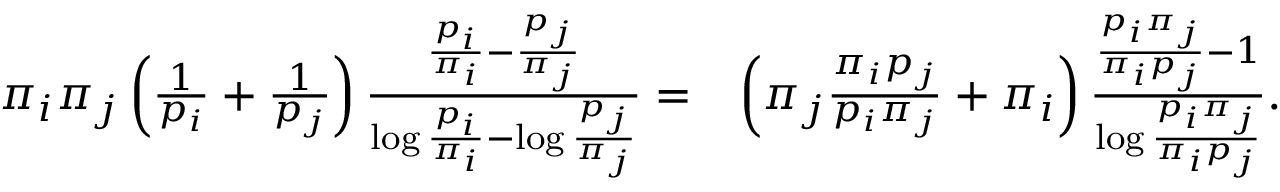
\begin{array} { r l } { \pi _ { i } \pi _ { j } \left( \frac { 1 } { p _ { i } } + \frac { 1 } { p _ { j } } \right) \frac { \frac { p _ { i } } { \pi _ { i } } - \frac { p _ { j } } { \pi _ { j } } } { \log \frac { p _ { i } } { \pi _ { i } } - \log \frac { p _ { j } } { \pi _ { j } } } = } & { \left( \pi _ { j } \frac { \pi _ { i } p _ { j } } { p _ { i } \pi _ { j } } + \pi _ { i } \right) \frac { \frac { p _ { i } \pi _ { j } } { \pi _ { i } p _ { j } } - 1 } { \log \frac { p _ { i } \pi _ { j } } { \pi _ { i } p _ { j } } } . } \end{array}